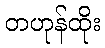
တဟုန်ထိုး